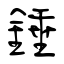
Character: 錘